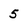
Character: 5